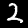
Digit: 2